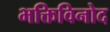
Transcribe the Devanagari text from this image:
भक्तिविनोद